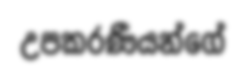
උපකරණීයන්ගේ